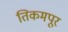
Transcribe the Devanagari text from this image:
तिकमपूर